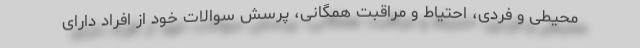
محیطی و فردی، احتیاط و مراقبت همگانی، پرسش سوالات خود از افراد دارای